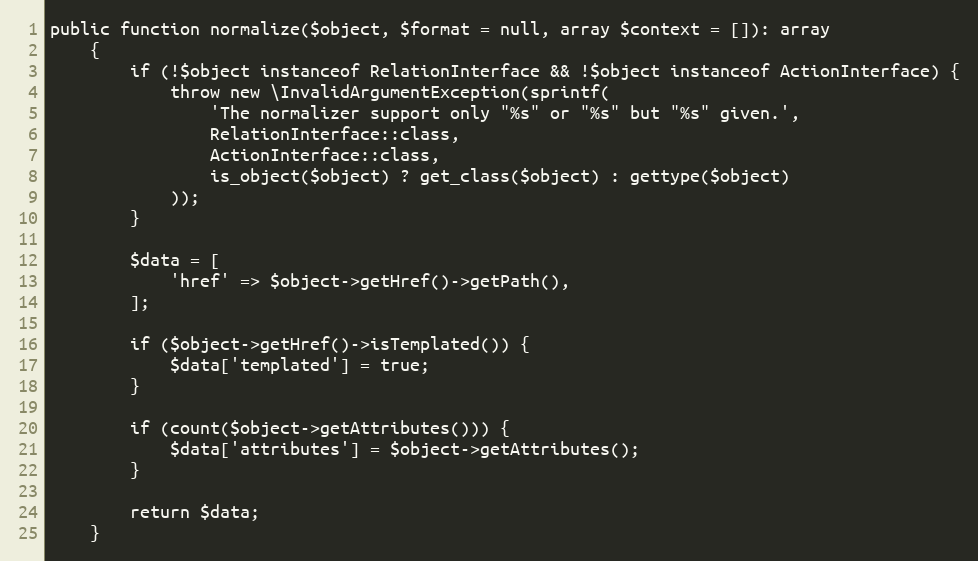
Language: PHP
public function normalize($object, $format = null, array $context = []): array
    {
        if (!$object instanceof RelationInterface && !$object instanceof ActionInterface) {
            throw new \InvalidArgumentException(sprintf(
                'The normalizer support only "%s" or "%s" but "%s" given.',
                RelationInterface::class,
                ActionInterface::class,
                is_object($object) ? get_class($object) : gettype($object)
            ));
        }

        $data = [
            'href' => $object->getHref()->getPath(),
        ];

        if ($object->getHref()->isTemplated()) {
            $data['templated'] = true;
        }

        if (count($object->getAttributes())) {
            $data['attributes'] = $object->getAttributes();
        }

        return $data;
    }